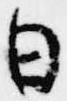
日